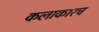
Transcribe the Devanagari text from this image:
कलाकारच